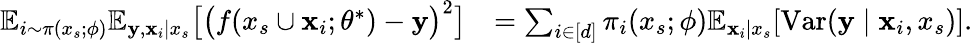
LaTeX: \begin{array}{rl}{\mathbb{E}_{i\sim\pi(x_{s};\phi)}\mathbb{E}_{{\mathbf{y}},{\mathbf{x}}_{i}\mid x_{s}}\big[\big(f(x_{s}\cup{\mathbf{x}}_{i};\theta^{*})-{\mathbf{y}}\big)^{2}\big]}&{=\sum_{i\in[d]}\pi_{i}(x_{s};\phi)\mathbb{E}_{{\mathbf{x}}_{i}\mid x_{s}}[\mathrm{Var}({\mathbf{y}}\mid{\mathbf{x}}_{i},x_{s})].}\end{array}